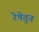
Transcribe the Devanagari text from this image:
रेषेतून